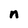
Character: n